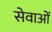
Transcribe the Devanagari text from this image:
सेवाओंं